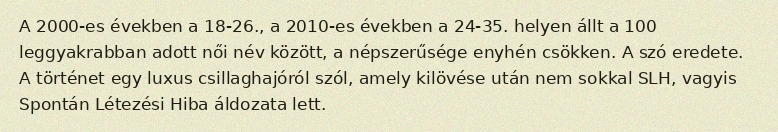
A 2000-es években a 18-26., a 2010-es években a 24-35. helyen állt a 100 leggyakrabban adott női név között, a népszerűsége enyhén csökken. A szó eredete. A történet egy luxus csillaghajóról szól, amely kilövése után nem sokkal SLH, vagyis Spontán Létezési Hiba áldozata lett.